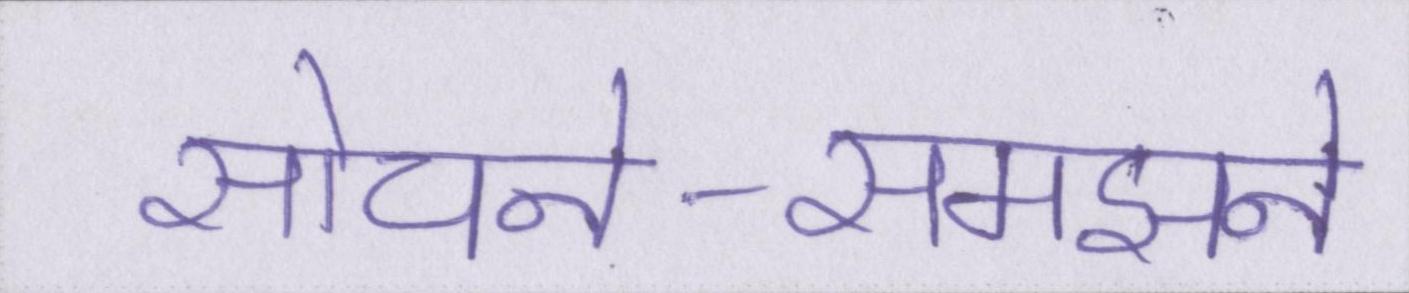
सोचने-समझने